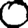
Digit: 0